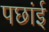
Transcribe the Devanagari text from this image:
पछांई